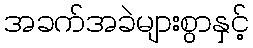
အခက်အခဲများစွာနှင့်